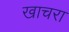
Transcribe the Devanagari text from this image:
खाचरा